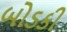
બોડકી